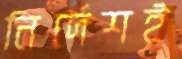
নির্দেশই